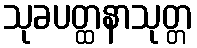
သုခပတ္ထနာသုတ္တ